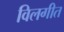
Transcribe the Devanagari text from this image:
विलगीत